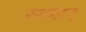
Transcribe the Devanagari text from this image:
रसमान